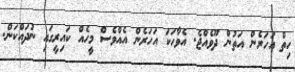
ހިތް އަހަރެން އަތުން ދޫވެއްޖެ. އެވާހަކަ އަހަރެން އެއްވެސް މީހެއް ކައިރީގައި ނުދައްކަން.